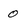
Character: 0